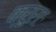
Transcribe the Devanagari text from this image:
क्रूराः